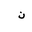
Letter: _non